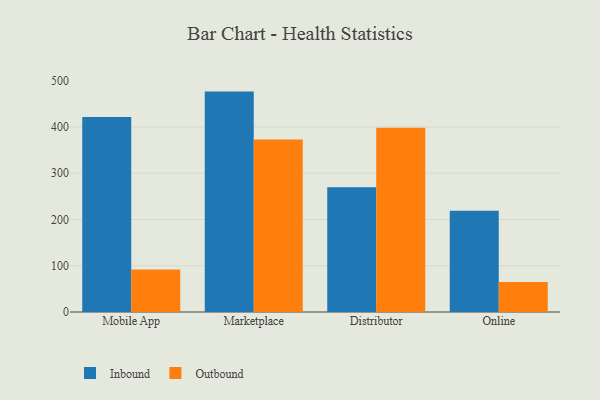
{"axis": {"x": "Channel", "y": "Headcount"}, "legend": ["Inbound", "Outbound"], "data": [{"x": "Mobile App", "y": 421.2, "type": "Inbound"}, {"x": "Mobile App", "y": 91.8, "type": "Outbound"}, {"x": "Marketplace", "y": 476.3, "type": "Inbound"}, {"x": "Marketplace", "y": 372.7, "type": "Outbound"}, {"x": "Distributor", "y": 269.6, "type": "Inbound"}, {"x": "Distributor", "y": 398.3, "type": "Outbound"}, {"x": "Online", "y": 219.0, "type": "Inbound"}, {"x": "Online", "y": 64.8, "type": "Outbound"}]}